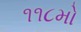
૧૧૮મો